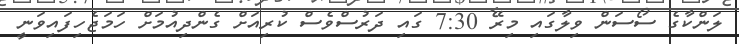
ލަންކާގެ ސޯސަން ވިލާގައި މިރޭ 7:30 ގައި ދަރުސްވެސް ކުރިއަށް ގެންދިއުމަށް ހަމަޖެހިފައިވަނީ